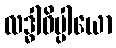
လဒ္ဓါဓိပ္ပါယော